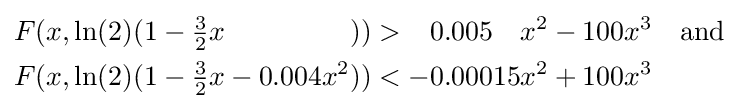
{\begin{aligned}F(x,\ln(2)(1-{\tfrac {3}{2}}x\,{\phantom {-\;0.004x^{2}}}))&>{\phantom {-}}0.005{\phantom {15}}x^{2}-100x^{3}\quad {\text{and}}\\F(x,\ln(2)(1-{\tfrac {3}{2}}x-0.004x^{2}))&<-0.00015x^{2}+100x^{3}\end{aligned}}